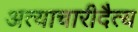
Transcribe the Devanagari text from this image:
अत्याचारीदैत्य